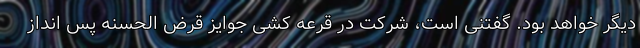
دیگر خواهد بود. گفتنی است، شرکت در قرعه کشی جوایز قرض الحسنه پس انداز